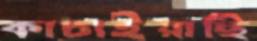
কাচাইয়াছি